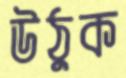
উঠুক